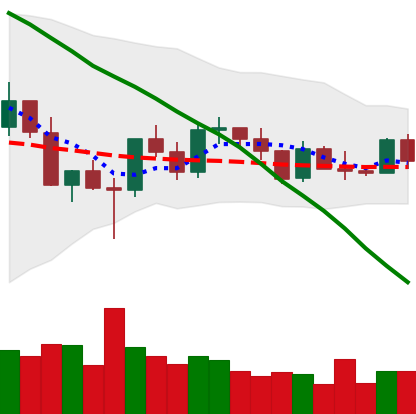
Ticker: XRP-USD
Chart end date: 2022-03-10
Forward return: 3.976%
Label: up_3_5